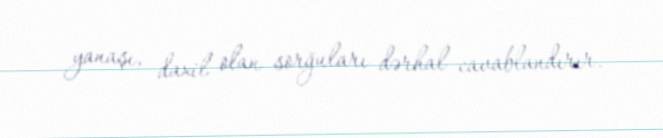
yanaşı, daxil olan sorğuları dərhal cavablandırır.